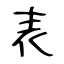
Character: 表